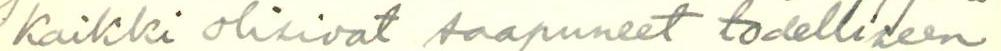
Kaikki olisivat saapuneet todelliseen